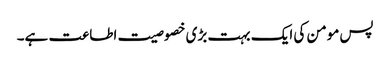
پس مومن کی ایک بہت بڑی خصوصیت اطاعت ہے۔